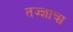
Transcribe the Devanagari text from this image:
तज्‍ज्ञाचा